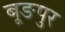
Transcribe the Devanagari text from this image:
बूङपुर